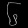
Digit: ၆